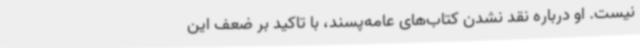
نیست. او درباره نقد نشدن کتاب‌های عامه‌پسند، با تاکید بر ضعف این